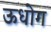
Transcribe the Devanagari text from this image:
ऊधोग